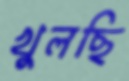
খুলছি